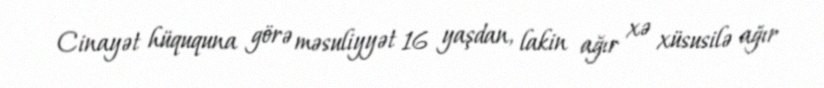
Cinayət hüququna görə məsuliyyət 16 yaşdan, lakin ağır xə xüsusilə ağır